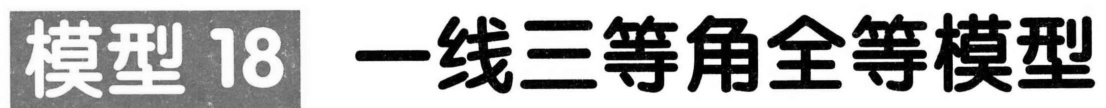
模型18 一线三等角全等模型